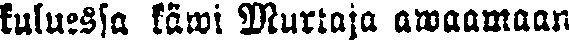
kuluessa käwi Murtaja awaamaan